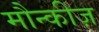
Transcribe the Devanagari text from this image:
मौन्कीज़